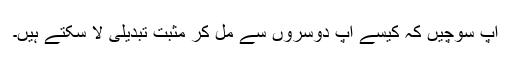
آپ سوچیں کہ کیسے آپ دوسروں سے مل کر مثبت تبدیلی لا سکتے ہیں۔